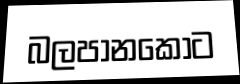
බලපානකොට